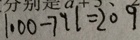
1 0 0 0 - 7 9 1 = 2 0 9